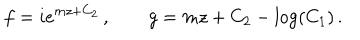
f = i e ^ { m z + C _ { 2 } } \, , \qquad g = m z + C _ { 2 } - \log ( C _ { 1 } ) \, .